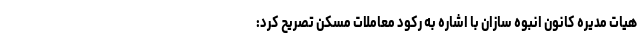
هیات مدیره کانون انبوه سازان با اشاره به رکود معاملات مسکن تصریح کرد: